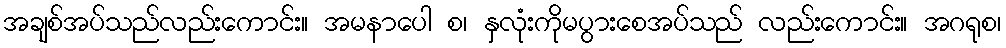
အချစ်အပ်သည်လည်းကောင်း။ အမနာပေါ စ၊ နှလုံးကိုမပွားစေအပ်သည် လည်းကောင်း။ အဂရုစ၊